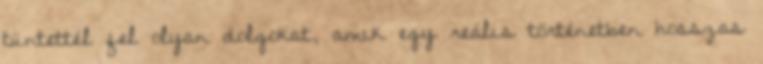
tüntettél fel olyan dolgokat, amik egy reális történetben hosszas